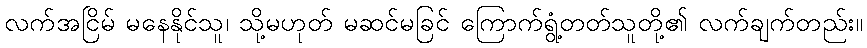
လက်အငြိမ် မနေနိုင်သူ၊ သို့မဟုတ် မဆင်မခြင် ကြောက်ရွံ့တတ်သူတို့၏ လက်ချက်တည်း။